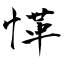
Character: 愅